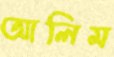
আলিম